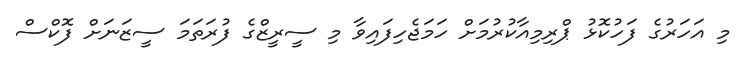
މި އަހަރުގެ ފަހުކޮޅު ޕްރިމިއާކުރުމަށް ހަމަޖެހިފައިވާ މި ސީރީޒްގެ ފުރަތަމަ ސީޒަނަށް ފޮކްސް